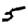
Digit: 5